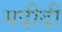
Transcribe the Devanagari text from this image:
मदीदी